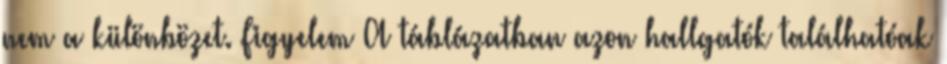
nem a különbözet. Figyelem A táblázatban azon hallgatók találhatóak